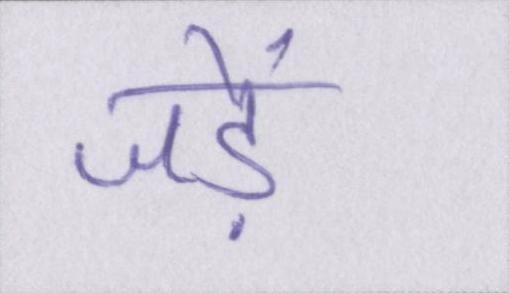
जड़ें